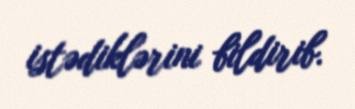
istədiklərini bildirib.